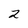
Character: 2